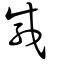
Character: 咸